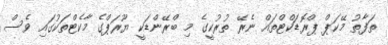
ތަފާތު މޭކަޕް ޕްރޮޑަކްޓްތައް ނެރޭ ތުރުކީގެ މި ބްރޭންޑަކީ ޔޫރަޕްގެ މާކެޓްތަކުގައި ވެސް